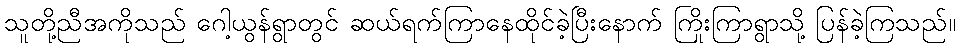
သူတို့ညီအကိုသည် ဂေါ့ယွန်ရွာတွင် ဆယ်ရက်ကြာနေထိုင်ခဲ့ပြီးနောက် ကြိုးကြာရွာသို့ ပြန်ခဲ့ကြသည်။